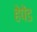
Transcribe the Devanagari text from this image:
हेपेंड